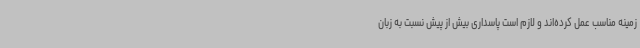
زمینه مناسب عمل کرده‌اند و لازم است پاسداری بیش از پیش نسبت به زبان